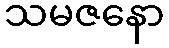
သမဇနော